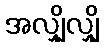
အလျှိုလျှို